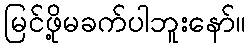
မြင်ဖို့မခက်ပါဘူးနော်။